Tallinna_kinnistusamet, lk 4
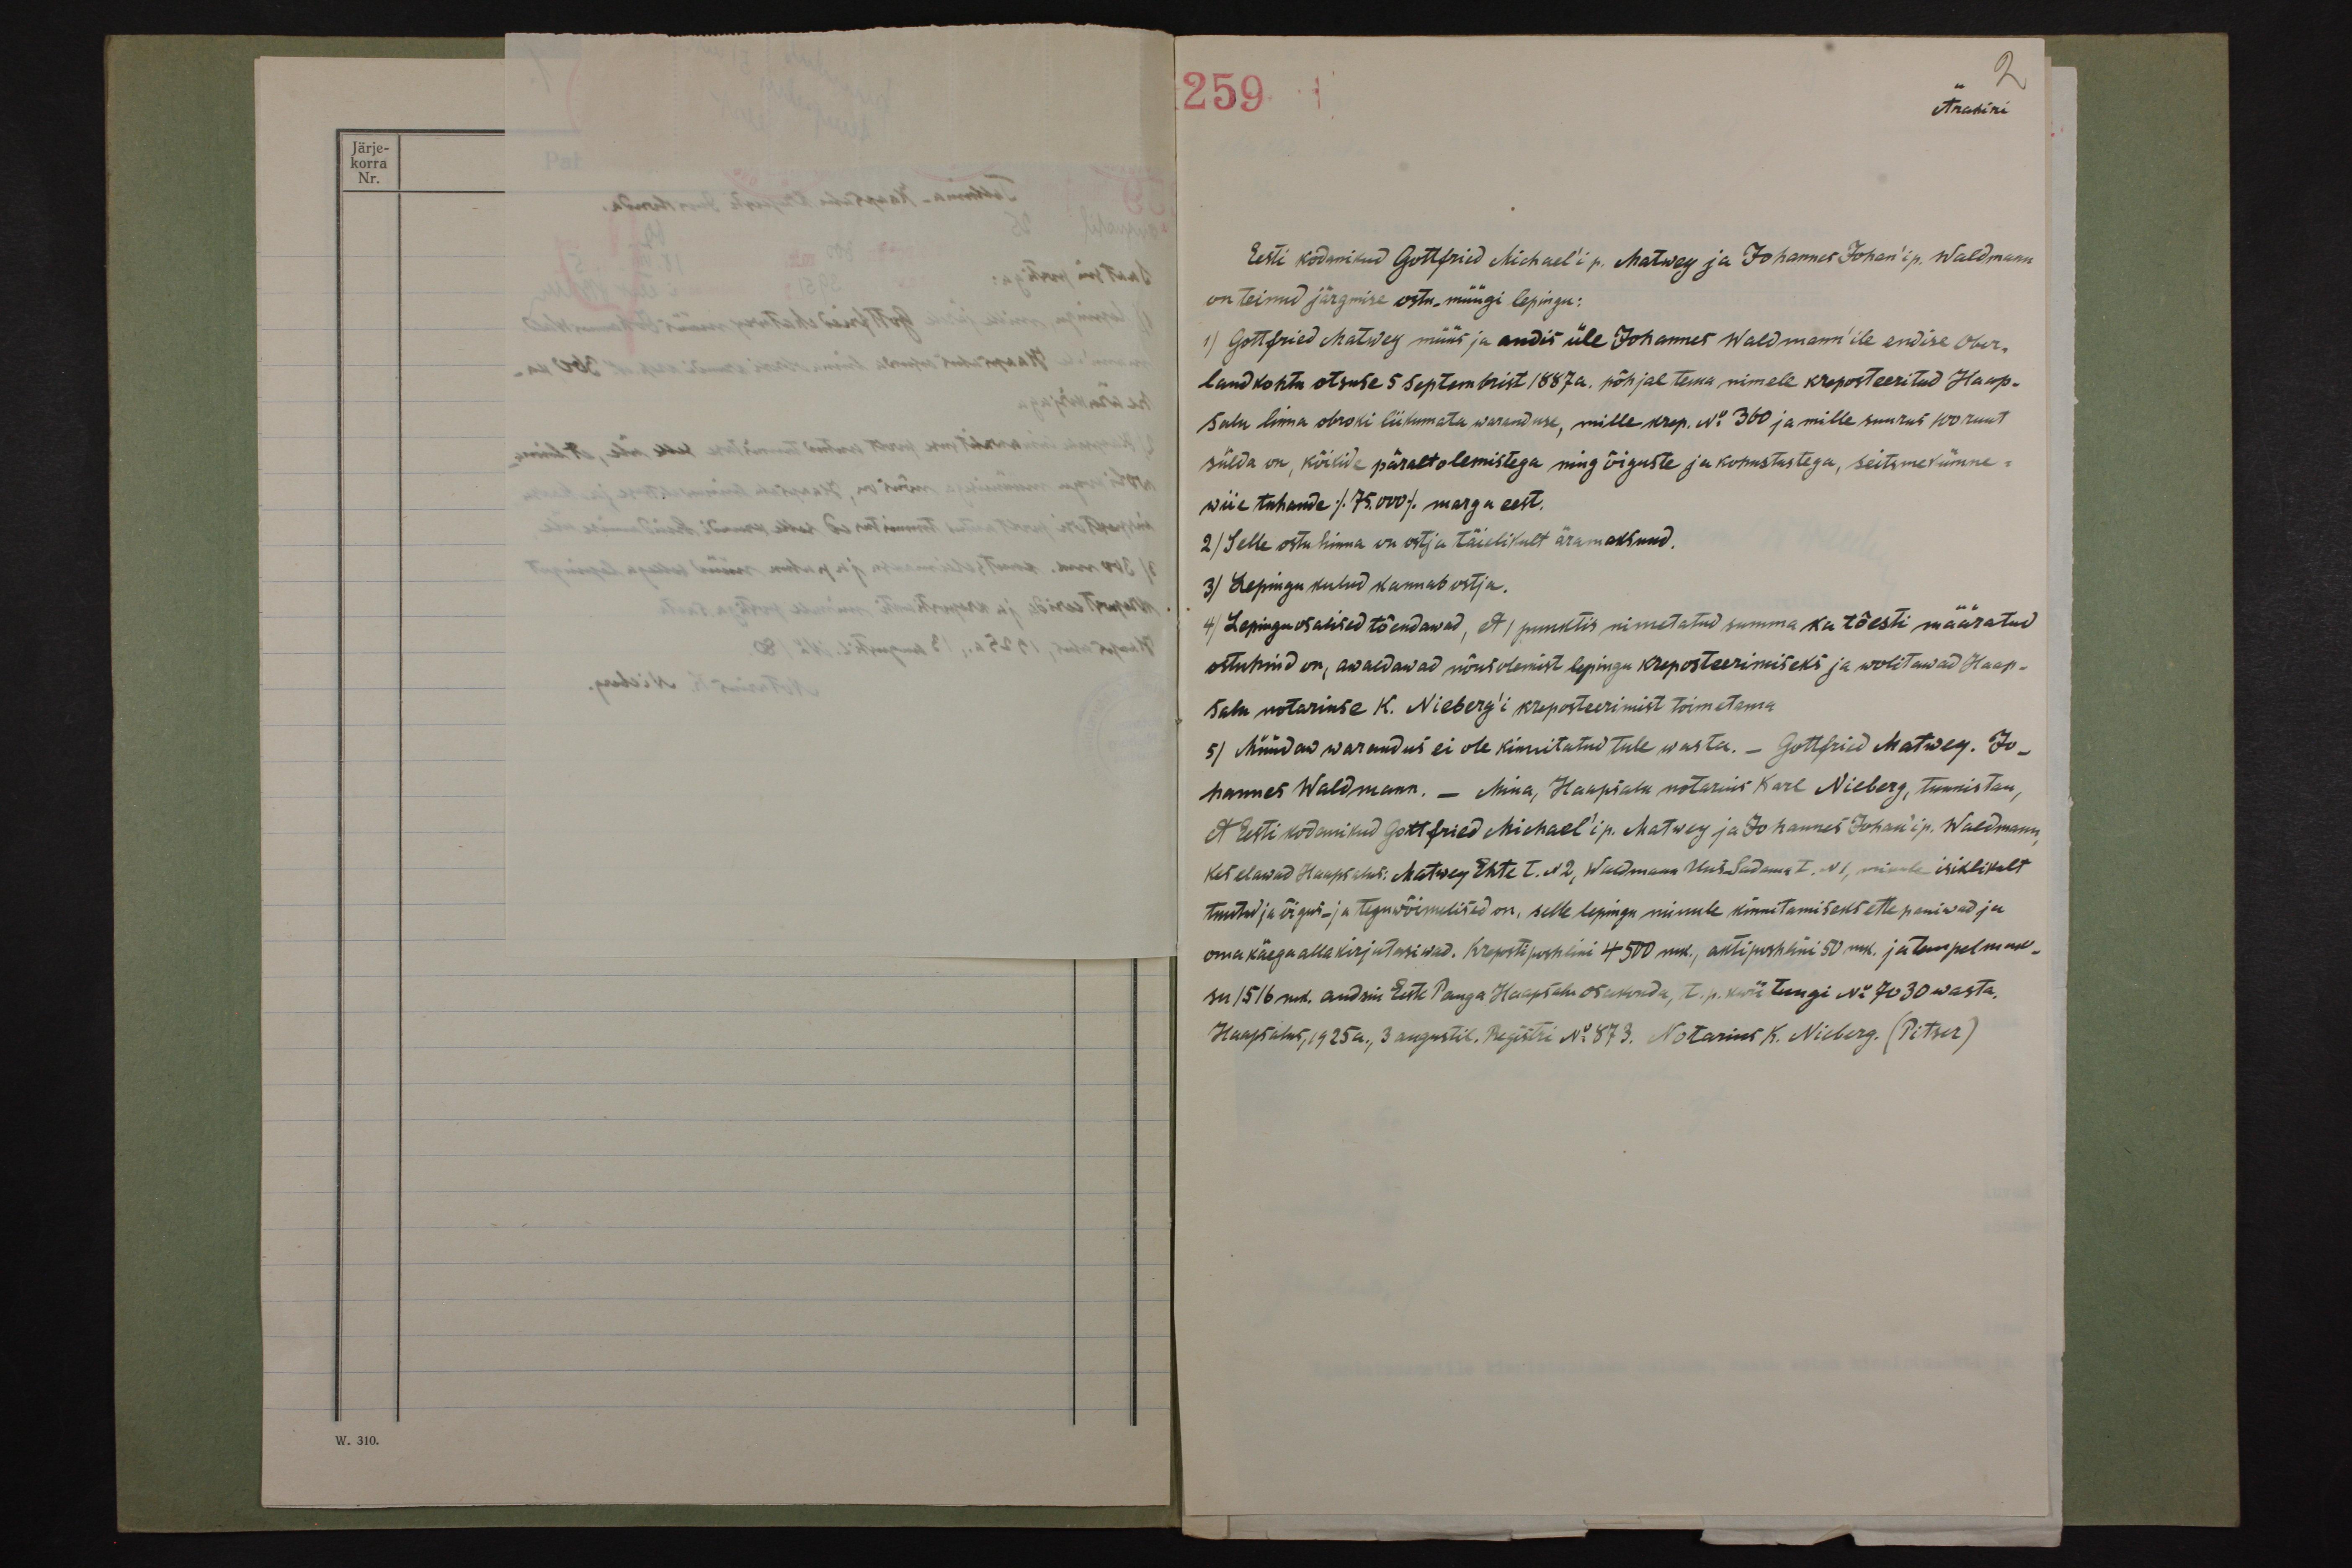
2
259
Ärakiri
Eesti kodanikud Gottfried Michael'i p. Matwey ja Johannes Johan'i p. Waldmann
on teinud järgmise ostu-müügi lepingu:
1) Gottfried Matwey müüs ja andis üle Johannes Waldmann'ile endise Ober-
landkohtu otsuse 5 septembrist 1887 a. põhjal tema nimele kreposteeritud Haap-
salu linna obroki liikumatu waranduse, mille krep. No 360 ja mille suurus 100 ruut
sülda on, kõikide päraltolemistega ning õiguste ja kohustustega, seitsmekümne-
wiie tuhande /75.000/ marga eest.
2) Selle ostuhinna on ostja täielikult äramaksnud.
3) Lepingu kulud kannab ostja.
4) Lepinguosalised tõendawad, et 1 punktis nimetatud summa ka tõesti määratud
ostuhind on, awaldawad nõusolemist lepingu kreposteerimiseks ja wolitawad Haap-
salu notariuse K. Nieberg'i kreposteerimist toimetama
5) Müüdaw warandus ei ole kinnitatud tule wastu. - Gottfried Matwey. Jo-
hannes Waldmann. – Mina, Haapsalu notarius Karl Nieberg, tunnistan,
et Eesti kodanikud Gottfried Michael'i p. Matwey ja Johannes Johan'i p. Waldmann
kes elavad Haapsalus: Matwey Ehte t. N 2, Waldmann Uus-Sadama t. N 1, minule isiklikult
tuntud ja õigus- ja teguwõimelised on, selle lepingu minule kinnitamiseks ette paniwad ja
oma käega allakirjutasiwad. Kreposti poshlini 4500 mk., aktiposhlini 50 mk. ja tempelmak-
su 1516 mk. andsin Eesti Panga Haapsalu osakonda, t. p. kwiitungi No 7030 wasta.
Haapsalus, 1925 a., 3 augustil. Registri No 873. Notarius K. Nieberg. (Pitser)